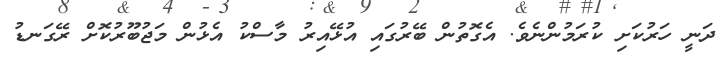
ދަނީ ހަރުކަށި ކުރަމުންނެވެ. އެގޮތުން ބޭރުގައި އުޅޭއިރު މާސްކު އެޅުން މަޖުބޫރުކޮށް ރޭގަނޑު